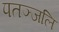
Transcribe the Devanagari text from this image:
पतञ्‍जलि